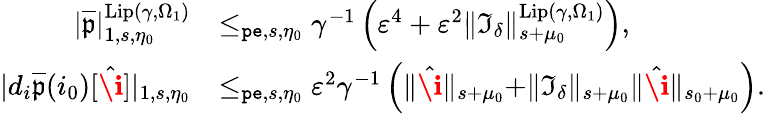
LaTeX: \begin{array}{rl}{|\overline{{\mathfrak{p}}}|_{1,s,\eta_{0}}^{\mathrm{Lip}(\gamma,\Omega_{1})}}&{\le_{\mathtt{pe},s,\eta_{0}}\gamma^{-1}\left(\varepsilon^{4}+\varepsilon^{2}\rVert\mathfrak{I}_{\delta}\rVert_{s+\mu_{0}}^{\mathrm{Lip}(\gamma,\Omega_{1})}\right),}\\ {|d_{i}\overline{{\mathfrak{p}}}(i_{0})[\hat{\textbf{\i}}]|_{1,s,\eta_{0}}}&{\le_{\mathtt{pe},s,\eta_{0}}\varepsilon^{2}\gamma^{-1}\left(\rVert\hat{\textbf{\i}}\rVert_{s+\mu_{0}}+\rVert\mathfrak{I}_{\delta}\rVert_{s+\mu_{0}}\rVert\hat{\textbf{\i}}\rVert_{s_{0}+\mu_{0}}\right).}\end{array}